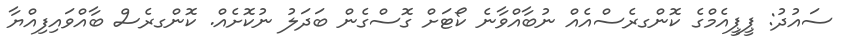
ސައުދު: ޕީޕީއެމްގެ ކޮންގރެސްއެއް ނުބާއްވާނެ ކޯޓަށް ގޮސްގެން ބަދަލު ނުކޮށެއް. ކޮންގރެސް ބާއްވައިފިއްޔާ